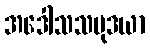
အဒေါသသမုဒယာ